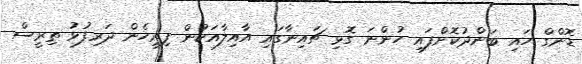
ޑޮންގް ހައި ބަންދުކޮށްފައި ހުންނަ ގޮޅި ޗައިނާގައި އާއިލާއަކުން ފިރިހެން ދަރިފުޅު ތިރީސް